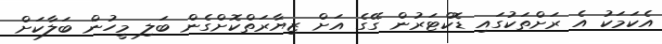
އެކަމަކު އެ ރަށްތަކުގައި ޑޮކްޓަރުން ގޭގެ އަށް ޒިޔާރަތްކޮށްގެން ބަލި މީހުން ބަލާކަށް